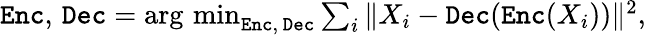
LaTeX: \begin{array}{r}{\mathtt{Enc},\, \mathtt{Dec}=\operatorname*{arg\, min}_{\mathtt{Enc},\, \mathtt{Dec}}\sum_{i}\| X_{i}-\mathtt{Dec}(\mathtt{Enc}(X_{i}))\| ^{2},}\end{array}